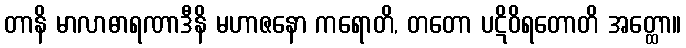
တာနိ မာလာဓာရဏာဒီနိ မဟာဇနော ကရောတိ, တတော ပဋိဝိရတောတိ အတ္ထော။